Civil Veterinary Department Bihar & Orissa reports 1922-29 - 1922-1929
Year: 1922
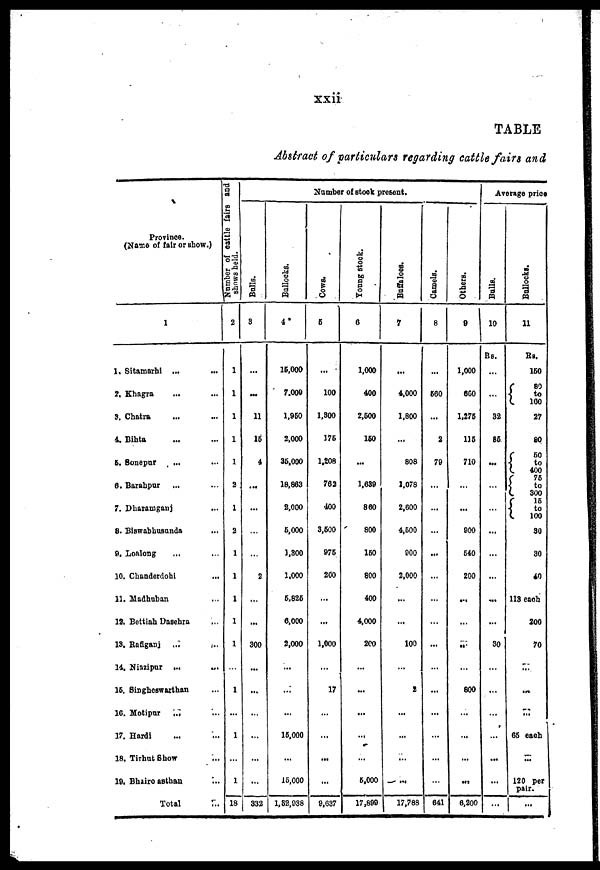
xxii
TABLE
Abstract of particulars regarding cattle fairs and
Province.
(Name of fair or show.)
1
1. Sitamarhi ... ...
2. Khagra ... ...
3. Chatra ... ...
4. Bihta ... ...
6. Sonepur ... ...
6. Barahpur ... ...
7. Dharamgauj ...
8. Biswabhusunda ...
9. Loalong ... ...
10. Chanderdohi ...
11. Madbuban ...
13. Bottiah Dasehra ...
13. Baflganj
...
14, Niazipur ...
...
16. Singheswarthan ...
10. Motipur
...
17. Hardi ... ...
18. Tirhut Show ...
19. Bhairo asthan ...
Total ...
Number
of
cattle
fairs
and
shown
beld.
2
1
1
1
1
1
2
1
2
1
1
1
1
1
...
1
...
1
...
1
18
Number of stock present.
Bal l s.
3
...
...
11
16
4
...
...
...
...
2
...
...
300
...
...
...
...
...
...
332
Bol l
ocks .
4
15,000
7.000
1,960
2,000
35,000
18,863
2,000
5,000
1,300
1,000
5,826
6,000
2,000
...
...
...
15,000
...
15,000
1,82,038
Cows .
6
...
100
1.300
176
1,208
762
400
3,600
975
200
...
...
1,000
...
17
...
...
...
...
9,637
Young stock.
0
1,000
400
2,600
160
...
1,639
860
800
150
800
400
4,000
200
...
...
...
...
...
6,000
17,899
Buffaloes.
7
...
4,000
1,800
...
808
1,078
2,000
4,500
900
2,000
...
...
100
...
2
...
...
...
...
17,788
Camel s .
8
...
660
...
2
79
...
...
...
...
...
...
...
...
...
...
...
...
641
Others.
9
1,000
650
1,275
116
710
...
...
900
540
200
...
...
56
800
...
...
...
...
6,200
Average price
Bulls.
10
Rs.
...
32
86
...
...
...
...
...
...
...
...
30
...
...
...
...
...
...
Bullocks.
11
Rs.
150
80
to
160 27
80
50
to
400
75
to
300 15
to
100 30
80
40
113 each
200
70
...
...
...
65 each
...
120 per
pair.
-